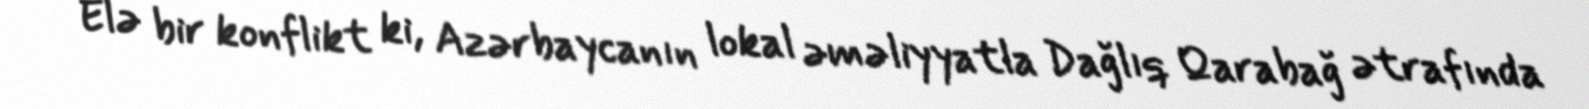
Elə bir konflikt ki, Azərbaycanın lokal əməliyyatla Dağlıq Qarabağ ətrafında